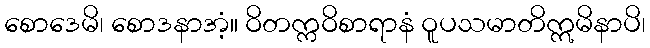
စောဒေမိ၊ စောဒနာအံ့။ ဝိတက္ကဝိစာရာနံ ဝူပသမာတိဣမိနာပိ၊